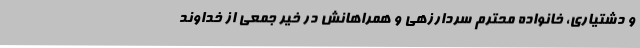
و دشتیاری، خانواده محترم سردارزهی و همراهانش در خیر جمعی از خداوند